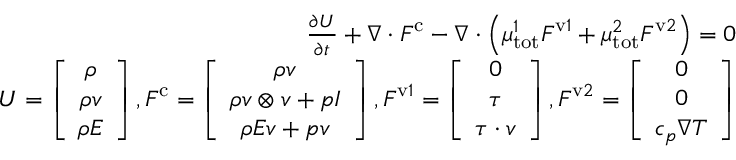
\begin{array} { r } { \frac { \partial \boldsymbol { U } } { \partial t } + \nabla \cdot \boldsymbol { F } ^ { \mathrm { c } } - \nabla \cdot \left( \mu _ { \mathrm { t o t } } ^ { 1 } \boldsymbol { F } ^ { \mathrm { v } 1 } + \mu _ { \mathrm { t o t } } ^ { 2 } \boldsymbol { F } ^ { \mathrm { v } 2 } \right) = 0 } \\ { \boldsymbol { U } = \left[ \begin{array} { c } { \rho } \\ { \rho \boldsymbol { v } } \\ { \rho E } \end{array} \right] , \boldsymbol { F } ^ { \mathrm { c } } = \left[ \begin{array} { c } { \rho \boldsymbol { v } } \\ { \rho \boldsymbol { v } \otimes \boldsymbol { v } + p \boldsymbol { I } } \\ { \rho E \boldsymbol { v } + p \boldsymbol { v } } \end{array} \right] , \boldsymbol { F } ^ { \mathrm { v } 1 } = \left[ \begin{array} { c } { 0 } \\ { \boldsymbol { \tau } } \\ { \boldsymbol { \tau } \cdot \boldsymbol { v } } \end{array} \right] , \boldsymbol { F } ^ { \mathrm { v } 2 } = \left[ \begin{array} { c } { 0 } \\ { 0 } \\ { c _ { p } \nabla T } \end{array} \right] } \end{array}